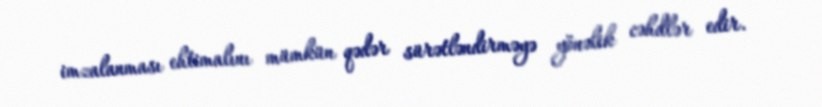
imzalanması ehtimalını mümkün qədər sürətləndirməyə yönəlik cəhdlər edir.